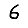
Digit: 6